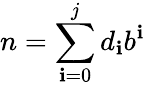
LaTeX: n=\sum_{\mathbf{i}=0}^{j}d_{\mathbf{i}}b^{\mathbf{i}}